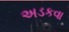
અડકવા